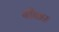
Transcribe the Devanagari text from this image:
वीक।